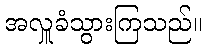
အလှူခံသွားကြသည်။